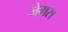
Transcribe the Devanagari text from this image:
जेमस